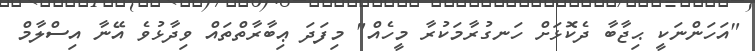
"އަހަންނަކީ ޙިޖާބާ ދެކޮޅަށް ހަނގުރާމަކުރާ މީހެއް" މިފަދަ ޢިބާރާތްތައް ވިދާޅުވެ އޭނާ އިސްލާމް